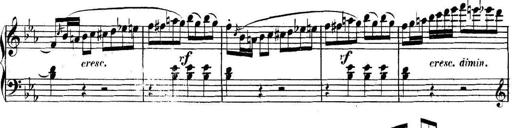
Title: Collected Piano Sonatas
Composer: Muzio Clementi